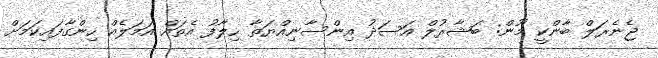
ޖެނެރަލް ބާންކީ މޫން: ބަޝާރުލް އަސަދު އިންސާނިއްޔަތާ ހިލާފު އެތައް އަމަލެއް ހިންގާފައިކަމަށް